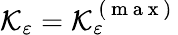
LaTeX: \mathcal{K}_{\varepsilon}=\mathcal{K}_{\varepsilon}^{\mathrm{~(~m~a~x~)~}}